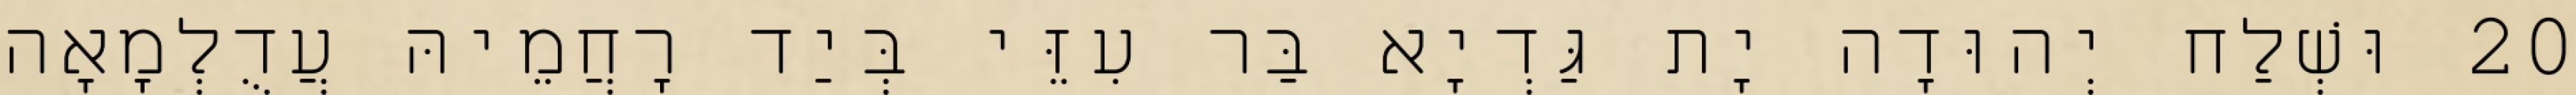
20 וּשְׁלַח יְהוּדָה יָת גַּדְיָא בַּר עִזֵּי בְּיַד רָחֲמֵיהּ עֲדֻלְמָאָה